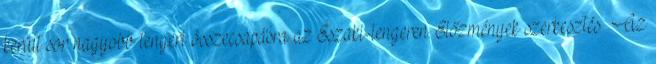
került sor nagyobb tengeri összecsapásra az Északi-tengeren. Előzmények szerkesztés Az